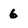
Character: 6